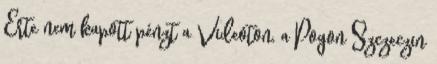
Érte nem kapott pénzt a Videoton, a Pogon Szczeczin